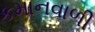
કમાનવાળી